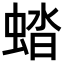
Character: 𧌏